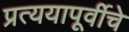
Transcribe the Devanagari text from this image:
प्रत्ययापूर्वीचे